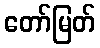
တော်မြတ်